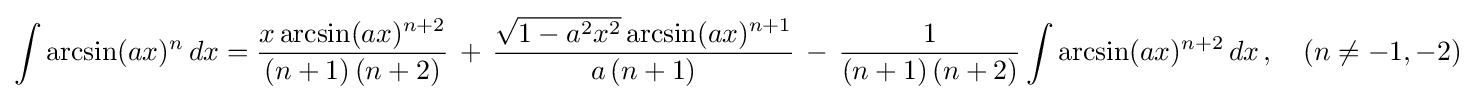
\int \arcsin(ax)^{n}\,dx={\frac {x\arcsin(ax)^{n+2}}{(n+1)\,(n+2)}}\,+\,{\frac {{\sqrt {1-a^{2}x^{2}}}\arcsin(ax)^{n+1}}{a\,(n+1)}}\,-\,{\frac {1}{(n+1)\,(n+2)}}\int \arcsin(ax)^{n+2}\,dx\,,\quad (n\neq -1,-2)